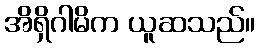
အိရှိဂါမိက ယူဆသည်။